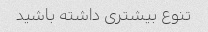
تنوع بیشتری داشته باشید